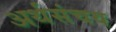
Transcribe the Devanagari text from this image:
अर्थसंचय